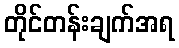
တိုင်တန်းချက်အရ